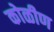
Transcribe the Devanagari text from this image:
कोळीण